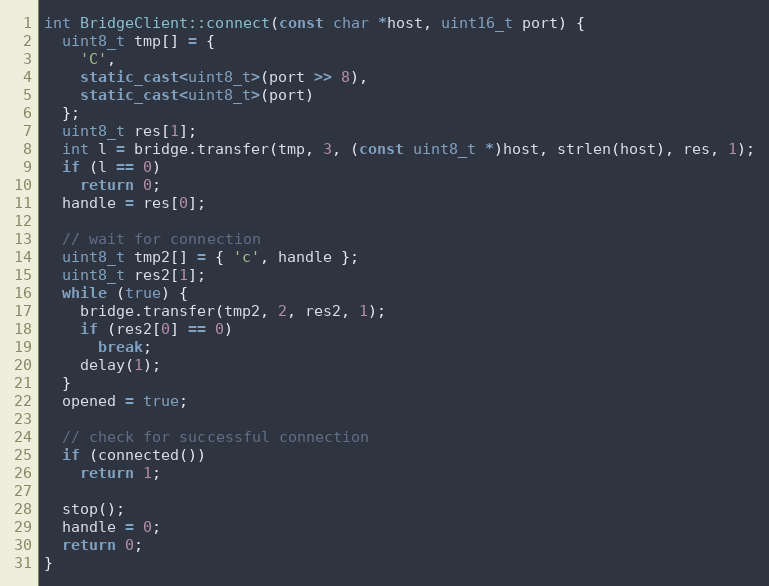
Language: C++
int BridgeClient::connect(const char *host, uint16_t port) {
  uint8_t tmp[] = {
    'C',
    static_cast<uint8_t>(port >> 8),
    static_cast<uint8_t>(port)
  };
  uint8_t res[1];
  int l = bridge.transfer(tmp, 3, (const uint8_t *)host, strlen(host), res, 1);
  if (l == 0)
    return 0;
  handle = res[0];

  // wait for connection
  uint8_t tmp2[] = { 'c', handle };
  uint8_t res2[1];
  while (true) {
    bridge.transfer(tmp2, 2, res2, 1);
    if (res2[0] == 0)
      break;
    delay(1);
  }
  opened = true;

  // check for successful connection
  if (connected())
    return 1;

  stop();
  handle = 0;
  return 0;
}